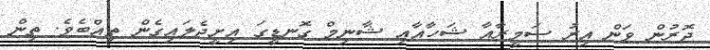
ދޮރުން ވަން އިރު ސަމީރާއާ ޝަހާއާއި ޝާނިމް ގޮނޑީގަ އިށީދެލައިގެން ތިއްބެވެ. ތިން